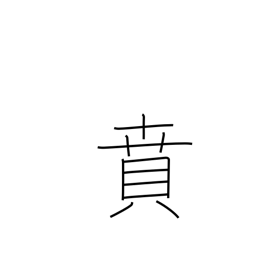
Meaning: decorate